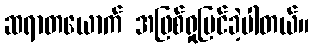
ဆရာတယောက် အဖြစ်ရှုမြင်ခဲ့ပါတယ်။